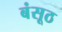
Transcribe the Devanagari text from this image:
बंसूठ